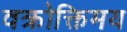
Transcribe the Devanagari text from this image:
वक्रोक्तिमय